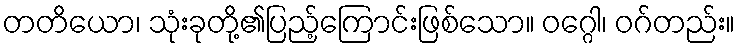
တတိယော၊ သုံးခုတို့၏ပြည့်ကြောင်းဖြစ်သော။ ဝဂ္ဂေါ၊ ဝဂ်တည်း။